Indian journal of veterinary science and animal husbandry - Volume 5,
Year: 1935
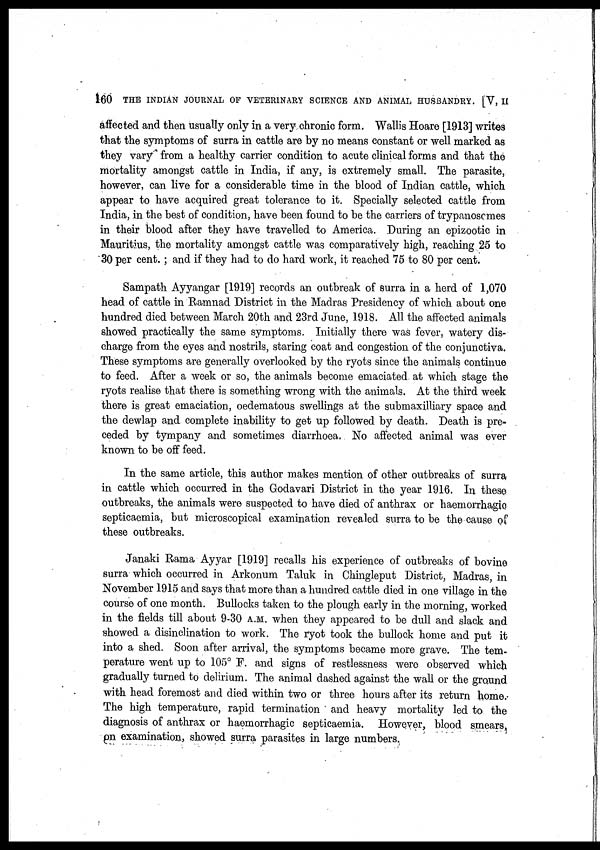
160 THE INDIAN JOURNAL OF VETERINARY SCIENCE AND ANIMAL HUSBANDRY. [V, II
affected and then usually only in a very chronic form. Wallis Hoare [1913] writes
that the symptoms of surra in cattle are by no means constant or well marked as
they vary from a healthy carrier condition to acute clinical forms and that the
mortality amongst cattle in India, if any, is extremely small. The parasite,
however, can live for a considerable time in the blood of Indian cattle, which
appear to have acquired great tolerance to it. Specially selected cattle from
India, in the best of condition, have been found to be the carriers of trypanosomes
in their blood after they have travelled to America. During an epizootic in
Mauritius, the mortality amongst cattle was comparatively high, reaching 25 to
30 per cent. ; and if they had to do hard work, it reached 75 to 80 per cent.
Sampath Ayyangar [1919] records an outbreak of surra in a herd of 1,070
head of cattle in Ramnad District in the Madras Presidency of which about one
hundred died between March 20th and 23rd June, 1918. All the affected animals
showed practically the same symptoms. Initially there was fever, watery dis-
charge from the eyes and nostrils, staring coat and congestion of the conjunctiva.
These symptoms are generally overlooked by the ryots since the animals continue
to feed. After a week or so, the animals become emaciated at which stage the
ryots realise that there is something wrong with the animals. At the third week
there is great emaciation, oedematous swellings at the submaxilliary space and
the dewlap and complete inability to get up followed by death. Death is pre-
ceded by tympany and sometimes diarrhoea. No affected animal was ever
known to be off feed.
In the same article, this author makes mention of other outbreaks of surra
in cattle which occurred in the Godavari District in the year 1916. In these
outbreaks, the animals were suspected to have died of anthrax or haemorrhagic
septicaemia, but microscopical examination revealed surra to be the cause of
these outbreaks.
Janaki Rama Ayyar [1919] recalls his experience of outbreaks of bovine
surra which occurred in Arkonum Taluk in Chingleput District, Madras, in
November 1915 and says that more than a hundred cattle died in one village in the
course of one month. Bullocks taken to the plough early in the morning, worked
in the fields till about 9-30 A.M. when they appeared to be dull and slack and
showed a disinclination to work. The ryot took the bullock home and put it
into a shed. Soon after arrival, the symptoms became more grave. The tem-
perature went up to 105° F. and signs of restlessness were observed which
gradually turned to delirium. The animal dashed against the wall or the ground
with head foremost and died within two or three hours after its return home.
The high temperature, rapid termination and heavy mortality led to the
diagnosis of anthrax or haemorrhagic septicaemia. However, blood smears,
on examination, showed surra parasites in large numbers.